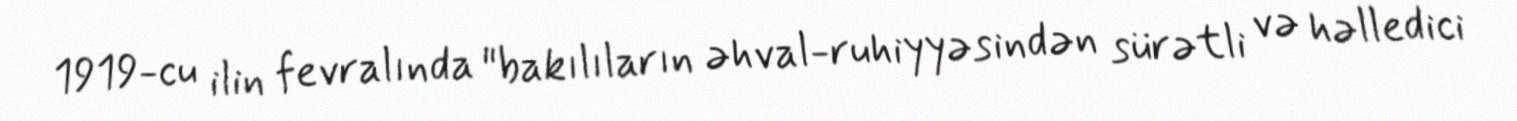
1919-cu ilin fevralında "bakılıların əhval-ruhiyyəsindən sürətli və həlledici